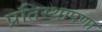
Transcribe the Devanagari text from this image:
प्रतिस्थापणा